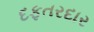
દફતરદાર